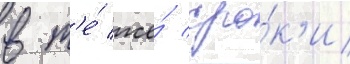
в т'е́ же́ сро́к'и